Report on sanitation, dispensaries, and jails in Rajputana for 1914, and on vaccination for the year 1914-1915 - 1914-1915
Year: 1914
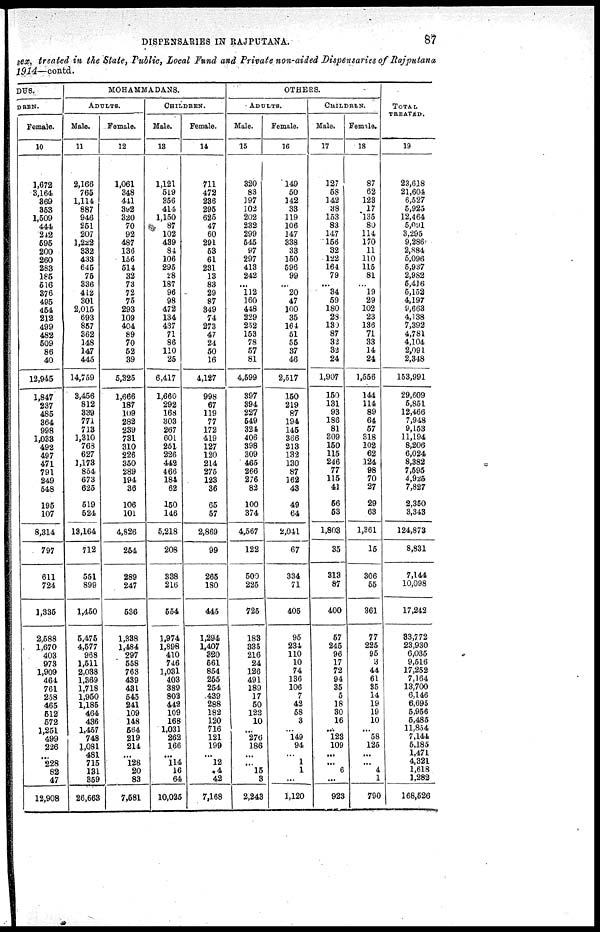
DISPENSARIES IN RAJPUTANA.
87
sex, treated in the State, Public, Local Fund and Private non-aided Dispensaries of Rajputana
1914—contd.
DUS.
DREN.
Female.
10
1,672
3,164
369
353
1,509
444
242
595
200
260
283
185
516
376
495
454
212
499
482
509
86
40
12,945
1,847
237
485
364
998
1,033
492
497
471
791
249
548
195
107
8,314
797
611
724
1,335
2,588
1,670
403
973
1,909
464
761
258
465
512
572
1,251
499
226
...
228
82
47
12,908
MOHAMMADANS.
ADULTS.
Male.
11
2,166
765
1,114
887
946
251
207
l,222
332
433
645
75
336
412
301
2,015
693
857
362
148
147
445
14,759
3,456
812
339
771
713
1,310
768
627
1,173
854
673
625
519
524
13,164
712
551
899
1,450
5,475
4,577
968
1,511
2,038
1,369
1,718
1,950
1,185
464
436
1,457
748
1,081
481
715
131
359
26,663
Female.
12
1,061
348
441
392
320
70
92
487
136
156
514
32
73
72
75
293
109
404
89
70
52
39
5,325
1,666
187
109
282
239
731
310
226
350
289
194
36
106
101
4,826
254
289
247
536
1,338
1,484
297
558
763
439
431
545
241
109
148
564
219
214
...
128
20
83
7,581
CHILDREN.
Male.
13
1,121
519
356
414
1,150
87
102
439
84
106
295
28
187
96
98
472
134
437
71
86
110
25
6,417
1,660
292
168
303
267
601
251
226
442
466
184
62
150
146
5,218
208
338
216
554
1,974
1,898
410
746
1,031
403
389
803
442
109
168
1,031
262
166
...
114
16
64
10,025
Female.
14
711
472
236
295
625
47
60
291
53
61
231
13
83
29
87
349
74
273
47
24
50
16
4,127
998
67
119
77
172
419
127
120
214
275
123
36
65
57
2,869
99
265
180
445
1,294
1,407
320
561
854
255
254
439
288
182
120
716
121
199
...
12
4
42
7,168
OTHERS.
ADULTS.
Male.
15
320
83
197
102
202
232
299
545
97
297
413
242
...
112
160
448
229
252
153
78
57
81
4,599
397
394
227
549
324
406
398
309
465
266
276
82
100
374
4,567
122
500
225
725
183
335
216
24
126
491
189
17
50
122
10
...
276
186
...
...
15
3
2,243
Female.
16
149
50
142
33
119
106
147
338
33
150
596
99
...
20
47
100
35
164
51
55
37
46
2,517
150
219
87
194
145
366
213
132
130
87
162
43
49
64
2,041
67
334
71
405
95
234
110
10
74
136
106
7
42
58
3
...
149
94
...
1
1
...
1,120
CHILDREN.
Male.
17
127
68
142
38
153
83
147
156
32
122
164
79
...
34
59
180
28
130
87
32
32
24
1,907
150
131
93
186
81
309
150
115
246
77
115
41
56
53
1,803
35
313
87
400
57
245
96
17
72
94
35
5
18
30
16
...
123
109
...
...
6
...
923
Female.
18
87
62
123
17
135
80
114
170
11
110
115
81
...
19
29
102
23
136
71
33
14
24
1,556
144
114
89
64
57
318
102
62
124
98
70
27
29
63
1,361
15
306
55
361
77
225
95
3
44
61
35
14
19
19
10
...
58
125
...
...
4
1
790
TOTAL
TREATED.
19
23,618
21,604
6,527
5,925
12,464
5,091
3,295
9,286
2,884
5,096
5,937
2,982
5,416
5,152
4,197
9,663
4,138
7,392
4,781
4,104
2,091
2,348
153,991
29,609
5,851
12,466
7,948
9,153
11,194
8,206
6,024
8,382
7,595
4,925
7,827
2,350
3,343
124,873
8,831
7,144
10,098
17,242
83,772
23,930
6,035
9,516
17,252
7,164
13,700
6,146
6,695
5,956
5,485
11,854
7,144
5,185
1,471
4,321
1,618
1,282
168,526